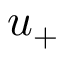
u _ { + }